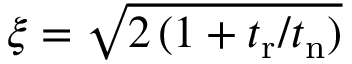
\xi = \sqrt { 2 \, ( 1 + t _ { \mathrm { r } } / t _ { \mathrm { n } } ) }